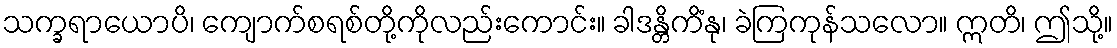
သက္ခရာယောပိ၊ ကျောက်စရစ်တို့ကိုလည်းကောင်း။ ခါဒန္တိကိံနု၊ ခဲကြကုန်သလော။ ဣတိ၊ ဤသို့။